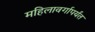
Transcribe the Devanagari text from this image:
महिलावर्गापर्यंत